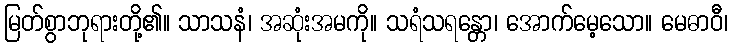
မြတ်စွာဘုရားတို့၏။ သာသနံ၊ အဆုံးအမကို။ သရံသရန္တော၊ အောက်မေ့သော။ မေဓာဝီ၊